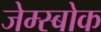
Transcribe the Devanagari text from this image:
जेम्स्बोक